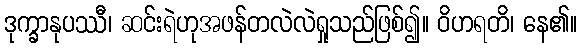
ဒုက္ခာနုပဿီ၊ ဆင်းရဲဟုအဖန်တလဲလဲရှုသည်ဖြစ်၍။ ဝိဟရတိ၊ နေ၏။